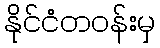
နိုင်ငံတဝန်းမှ